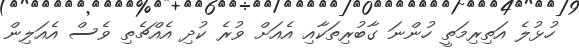
ހުޅުލެ އަތިރިމަތީ ހުންނަ ގާބުރިތަކާއި އެއަށް ވުރެ ކުދި އެއްޗެތި ވެސް އެއަލިން